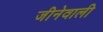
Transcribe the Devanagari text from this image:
जीनेवाली